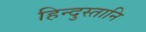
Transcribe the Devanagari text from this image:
हिन्दुस्तानि